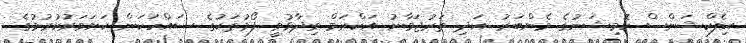
އިލެކްޝަންސް ކޮމިޝަނުގެ މެންބަރު އަދި ތަރުޖަމާނު އަކްރަމް ވިދާޅުވީ ފޯމުތަކުގެ ސައްހަކަން ކަށަވަރުކުރުމުގެ